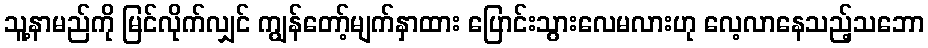
သူ့နာမည်ကို မြင်လိုက်လျှင် ကျွန်တော့်မျက်နှာထား ပြောင်းသွားလေမလားဟု လေ့လာနေသည့်သဘော